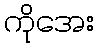
ကိုအေး